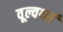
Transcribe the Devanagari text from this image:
वूल्वर्थ्स